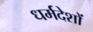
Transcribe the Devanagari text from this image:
धर्मदेशों